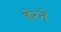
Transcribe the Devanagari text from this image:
हेरने